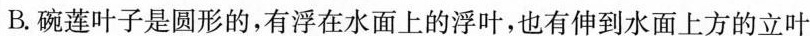
B. 碗莲叶子是圆形的，有浮在水面上的浮叶，也有伸到水面上方的立叶